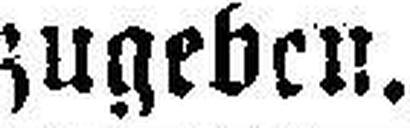
zugeben.